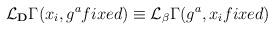
LaTeX: \begin{align*}{\cal L}_{\bf D} \Gamma (x_i, g^a fixed) \equiv {\cal L}_{\bf \beta}\Gamma (g^a,x_ifixed)\end{align*}